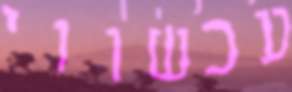
עכשווי